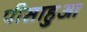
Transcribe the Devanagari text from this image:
पीसाहुआ